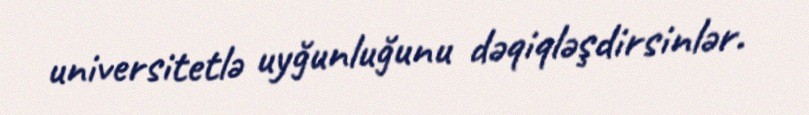
universitetlə uyğunluğunu dəqiqləşdirsinlər.